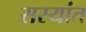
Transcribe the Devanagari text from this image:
सस्यांत